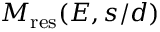
M _ { \mathrm { { r e s } } } ( E , s / d )